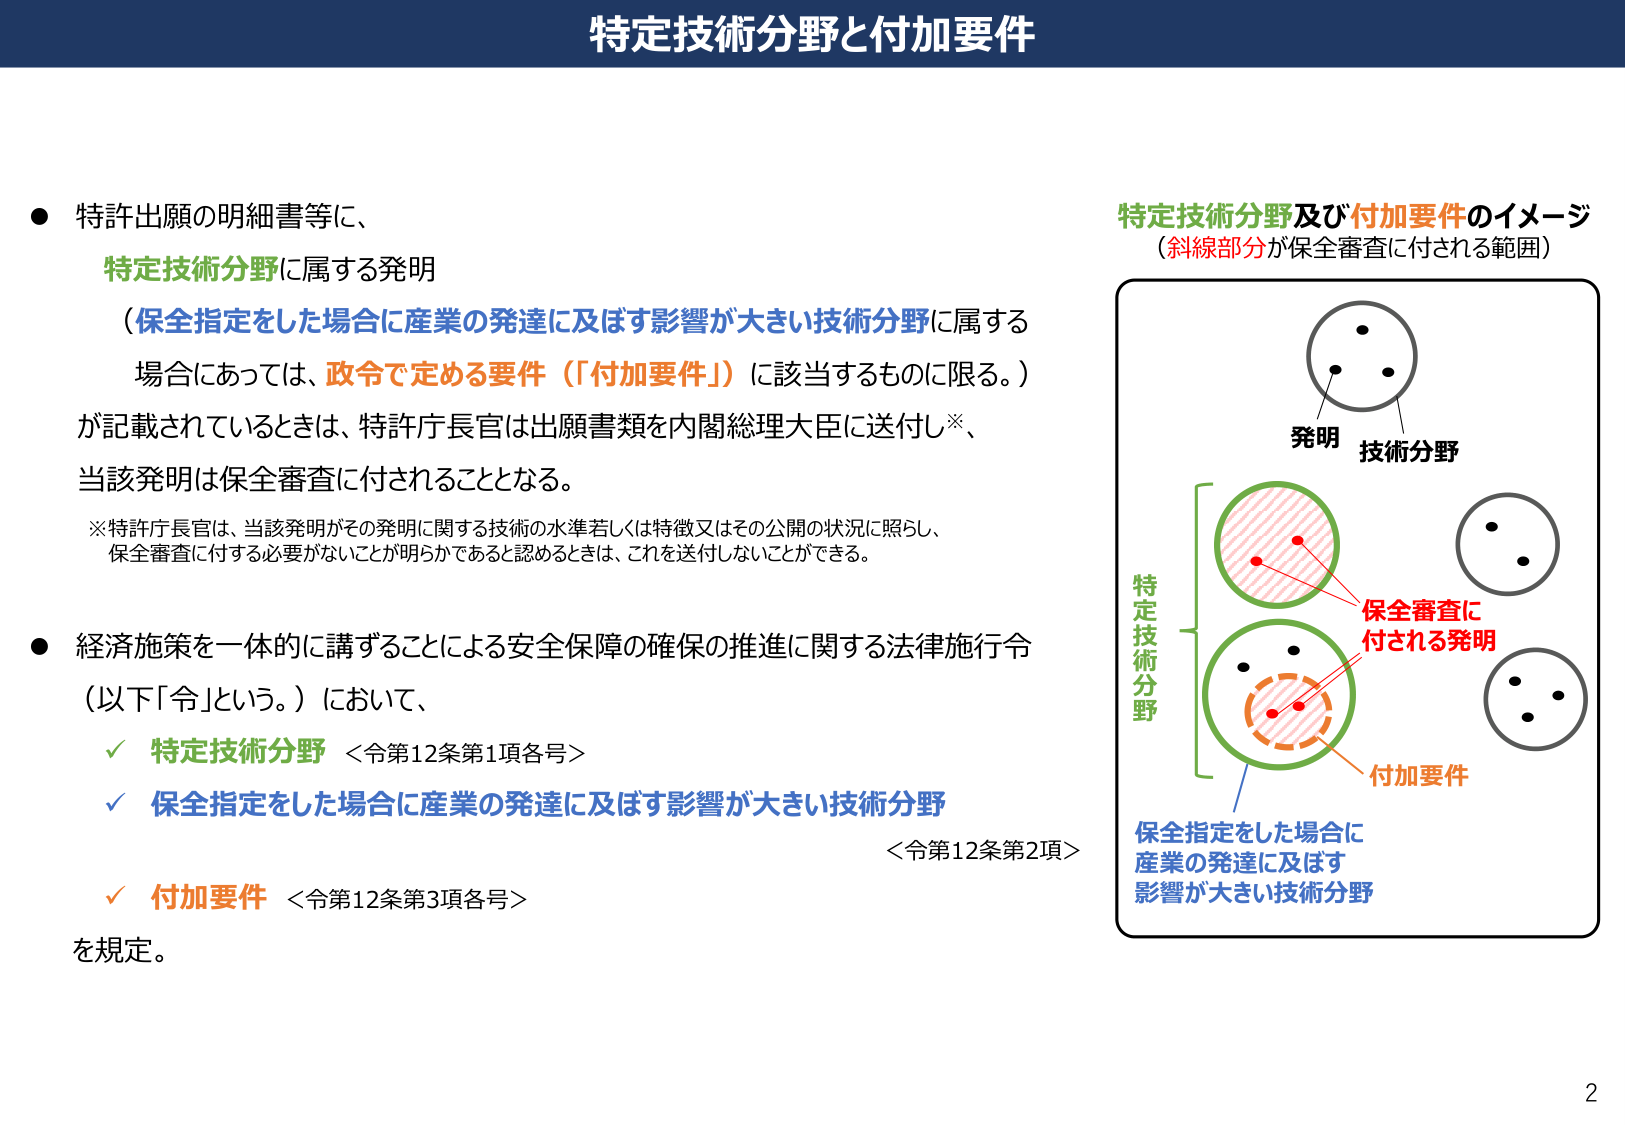
特定技術分野と付加要件

● 特許出願の明細書等に、
　特定技術分野に属する発明
　（保全指定をした場合に産業の発達に及ぼす影響が大きい技術分野に属する
　場合にあっては、政令で定める要件（「付加要件」）に該当するものに限る。）
　が記載されているときは、特許庁長官は出願書類を内閣総理大臣に送付※、
　当該発明は保全審査に付されることとなる。

※特許庁長官は、当該発明がその発明に関する技術の水準若しくは特徴又はその公開の状況に照らし、
　保全審査に付する必要がないことが明らかであると認めるときは、これを送付しないことができる。

● 経済施策を一体的に講ずることによる安全保障の確保の推進に関する法律施行令
　（以下「令」という。）において、
　　✓ 特定技術分野 ＜令第12条第1項各号＞
　　✓ 保全指定をした場合に産業の発達に及ぼす影響が大きい技術分野
　　　　　　　　　　　　　　　　　　　　　　　　　　　　　　　　　　　＜令第12条第2項＞
　　✓ 付加要件 ＜令第12条第3項各号＞
　を規定。

特定技術分野及び付加要件のイメージ
（斜線部分が保全審査に付される範囲）

発明
技術分野

特定技術分野

保全審査に
付される発明

付加要件

保全指定をした場合に
産業の発達に及ぼす
影響が大きい技術分野

2